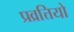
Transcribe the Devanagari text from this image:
प्रव्रत्तियो